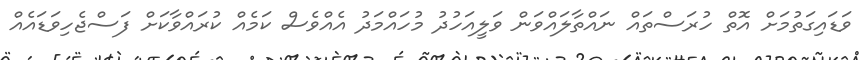
ވަޑައިގަތުމަށް އޮތް ހުރަސްތައް ނައްތާލައްވަން ވަލީއަހުދު މުހައްމަދު އެއްވެސް ކަމެއް ކުރައްވާކަށް ފަސްޖެހިވަޑައެއް